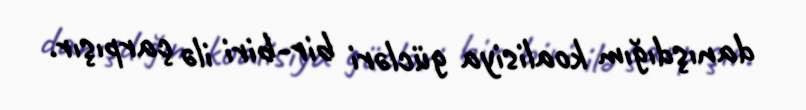
danışdığım koalisiya gücləri bir-biri ilə çarpışır.